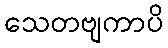
သေတဗျကာပိ